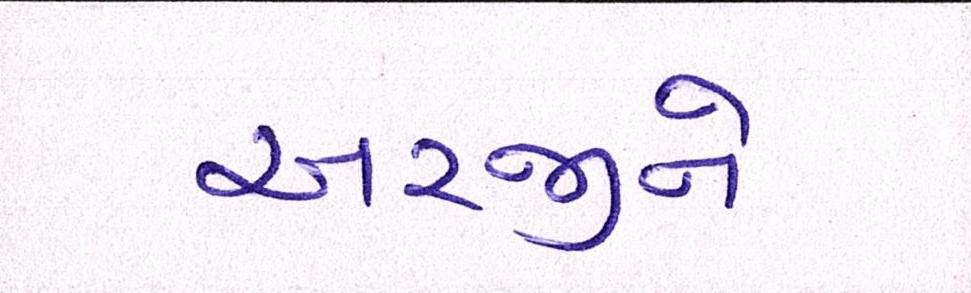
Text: અરજીને